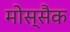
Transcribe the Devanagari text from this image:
मोस्सैक